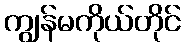
ကျွန်မကိုယ်တိုင်